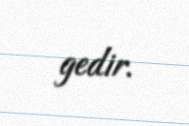
gedir.